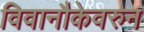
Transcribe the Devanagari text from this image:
विवानौकेवरुन